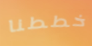
خططنا